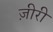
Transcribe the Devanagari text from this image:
ज़ीरी